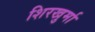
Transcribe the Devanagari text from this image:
शिरखुर्मा